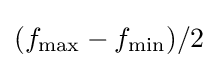
(f_{\text{max}}-f_{\text{min}})/2